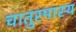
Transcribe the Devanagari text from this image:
चातुरमास्य